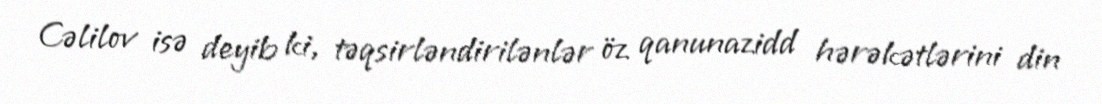
Cəlilov isə deyib ki, təqsirləndirilənlər öz qanunazidd hərəkətlərini din